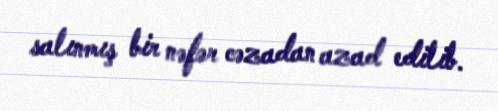
salınmış bir nəfər cəzadan azad edilib.